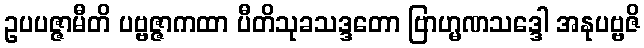
ဥပပဇ္ဇာမီတိ ပဗ္ဗဇ္ဇာကထာ ပီတိသုခသဒ္ဒတော ဗြာဟ္မဏသဒ္ဒေါ အနုပဗ္ဗဇိ